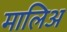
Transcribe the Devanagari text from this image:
मालिअ